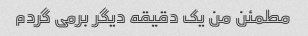
مطمئن من یک دقیقه دیگر برمی گردم